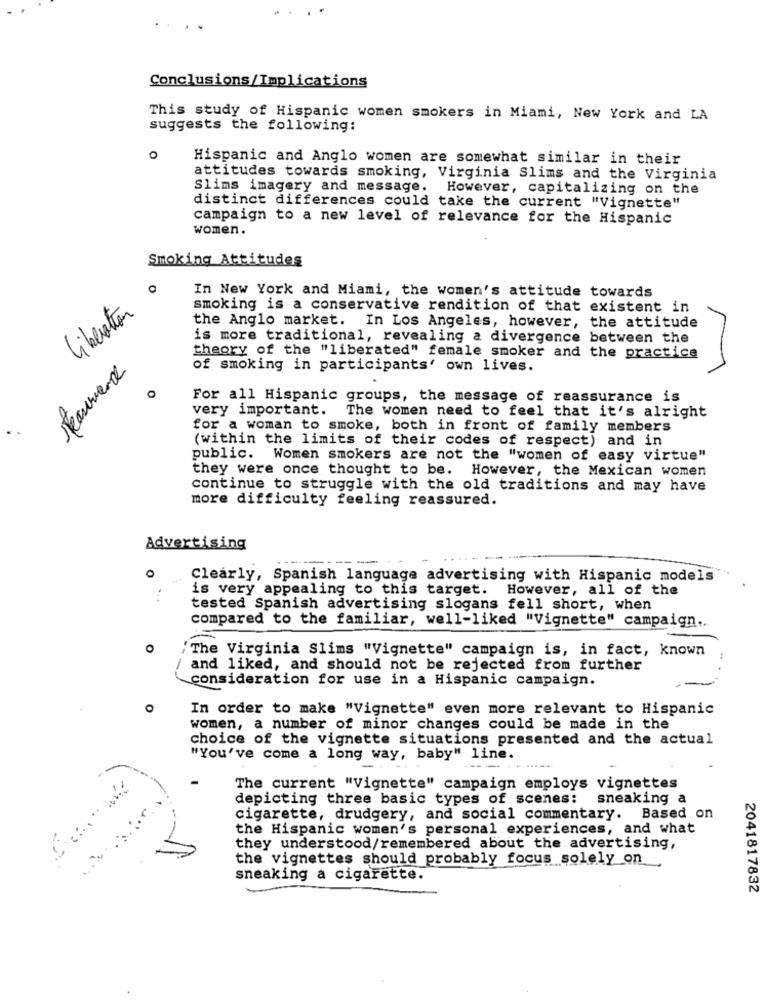
Conclusions/Implications
This study of Hispanic women smokers in Miami, New York and LA
suggests the following:
O
Hispanic and Anglo women are somewhat similar in their
attitudes towards smoking, Virginia Slims and the Virginia
Slims imagery and message. However, capitalizing on the
distinct differences could take the current "Vignette"
campaign to a new level of relevance for the Hispanic
women.
Smoking Attitudes
In New York and Miami, the women's attitude towards
liberator
smoking is a conservative rendition of that existent in
the Anglo market. In Los Angeles, however, the attitude
is more traditional, revealing a divergence between the
theory of the "liberated" female smoker and the practice
teauvence
of smoking in participants' own lives.
For all Hispanic groups, the message of reassurance is
very important. The women need to feel that it's alright
for a woman to smoke, both in front of family members
(within the limits of their codes of respect) and in
public. Women smokers are not the "women of easy virtue"
they were once thought to be. However, the Mexican women
continue to struggle with the old traditions and may have
more difficulty feeling reassured.
Advertising
---
Clearly, Spanish language advertising with Hispanic models
is very appealing to this target. However, all of the
tested Spanish advertising slogans fell short, when
compared to the familiar, well-liked "Vignette" campaign ..
O
'The Virginia Slims "Vignette" campaign is, in fact, known
and liked, and should not be rejected from further
consideration for use in a Hispanic campaign.
O
In order to make "Vignette" even more relevant to Hispanic
women, a number of minor changes could be made in the
choice of the vignette situations presented and the actual
"You've come a long way, baby" line.
- -
The current "Vignette" campaign employs vignettes
depicting three basic types of scenes: sneaking a
cigarette, drudgery, and social commentary. Based on
the Hispanic women's personal experiences, and what
they understood/remembered about the advertising,
the vignettes should probably focus solely on
sneaking a cigarette.
2041817832